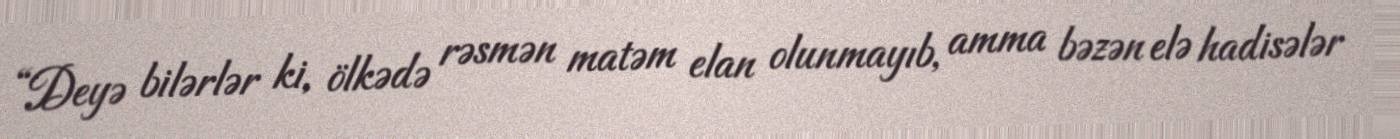
“Deyə bilərlər ki, ölkədə rəsmən matəm elan olunmayıb, amma bəzən elə hadisələr